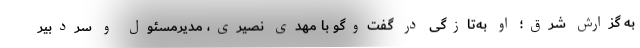
به گزارش شرق؛ او به‌تازگی در گفت‌وگو با مهدی نصیری، مدیرمسئول و سردبیر